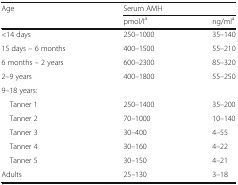
| <ROWSPAN=2> Age | <COLSPAN=2> Serum AMH |
 | pmol/la | ng/mla |
 | --- | --- | --- |
 | <14 days | 250–1000 | 35–140 |
 | 15 days – 6 months | 400–1500 | 55–210 |
 | 6 months – 2 years | 600–2300 | 85–320 |
 | 2–9 years | 400–1800 | 55–250 |
 | <COLSPAN=3> 9–18 years: |
 | Tanner 1 | 250–1400 | 35–200 |
 | Tanner 2 | 70–1000 | 10–140 |
 | Tanner 3 | 30–400 | 4–55 |
 | Tanner 4 | 30–160 | 4–22 |
 | Tanner 5 | 30–150 | 4–21 |
 | Adults | 25–130 | 3–18 |